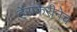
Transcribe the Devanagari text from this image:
हेराफेरीनेच